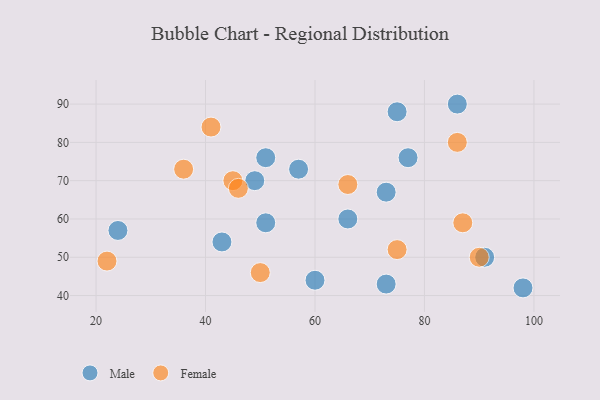
{"axis": {"x": "GDP", "y": "Life Expectancy"}, "legend": ["Female", "Male"], "data": [{"x": "75", "y": 88, "type": "Male"}, {"x": "91", "y": 50, "type": "Male"}, {"x": "98", "y": 42, "type": "Male"}, {"x": "43", "y": 54, "type": "Male"}, {"x": "51", "y": 76, "type": "Male"}, {"x": "49", "y": 70, "type": "Male"}, {"x": "51", "y": 59, "type": "Male"}, {"x": "77", "y": 76, "type": "Male"}, {"x": "60", "y": 44, "type": "Male"}, {"x": "66", "y": 60, "type": "Male"}, {"x": "86", "y": 90, "type": "Male"}, {"x": "73", "y": 43, "type": "Male"}, {"x": "24", "y": 57, "type": "Male"}, {"x": "73", "y": 67, "type": "Male"}, {"x": "57", "y": 73, "type": "Male"}, {"x": "36", "y": 73, "type": "Female"}, {"x": "41", "y": 84, "type": "Female"}, {"x": "45", "y": 70, "type": "Female"}, {"x": "90", "y": 50, "type": "Female"}, {"x": "75", "y": 52, "type": "Female"}, {"x": "87", "y": 59, "type": "Female"}, {"x": "50", "y": 46, "type": "Female"}, {"x": "46", "y": 68, "type": "Female"}, {"x": "86", "y": 80, "type": "Female"}, {"x": "66", "y": 69, "type": "Female"}, {"x": "22", "y": 49, "type": "Female"}]}